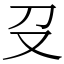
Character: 𠬛